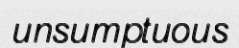
unsumptuous